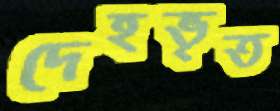
দেহভৃত